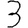
Digit: 3